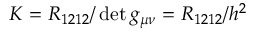
K = R _ { 1 2 1 2 } / \operatorname* { d e t } g _ { \mu \nu } = R _ { 1 2 1 2 } / h ^ { 2 }